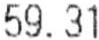
59.31